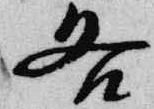
各